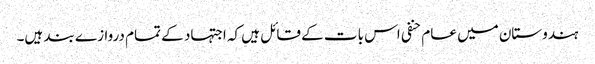
ہندوستان میں عام حنفی اس بات کے قائل ہیں کہ اجتہاد کے تمام دروازے بند ہیں۔